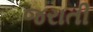
જરાતી